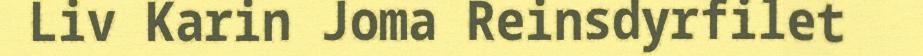
Liv Karin Joma Reinsdyrfilet